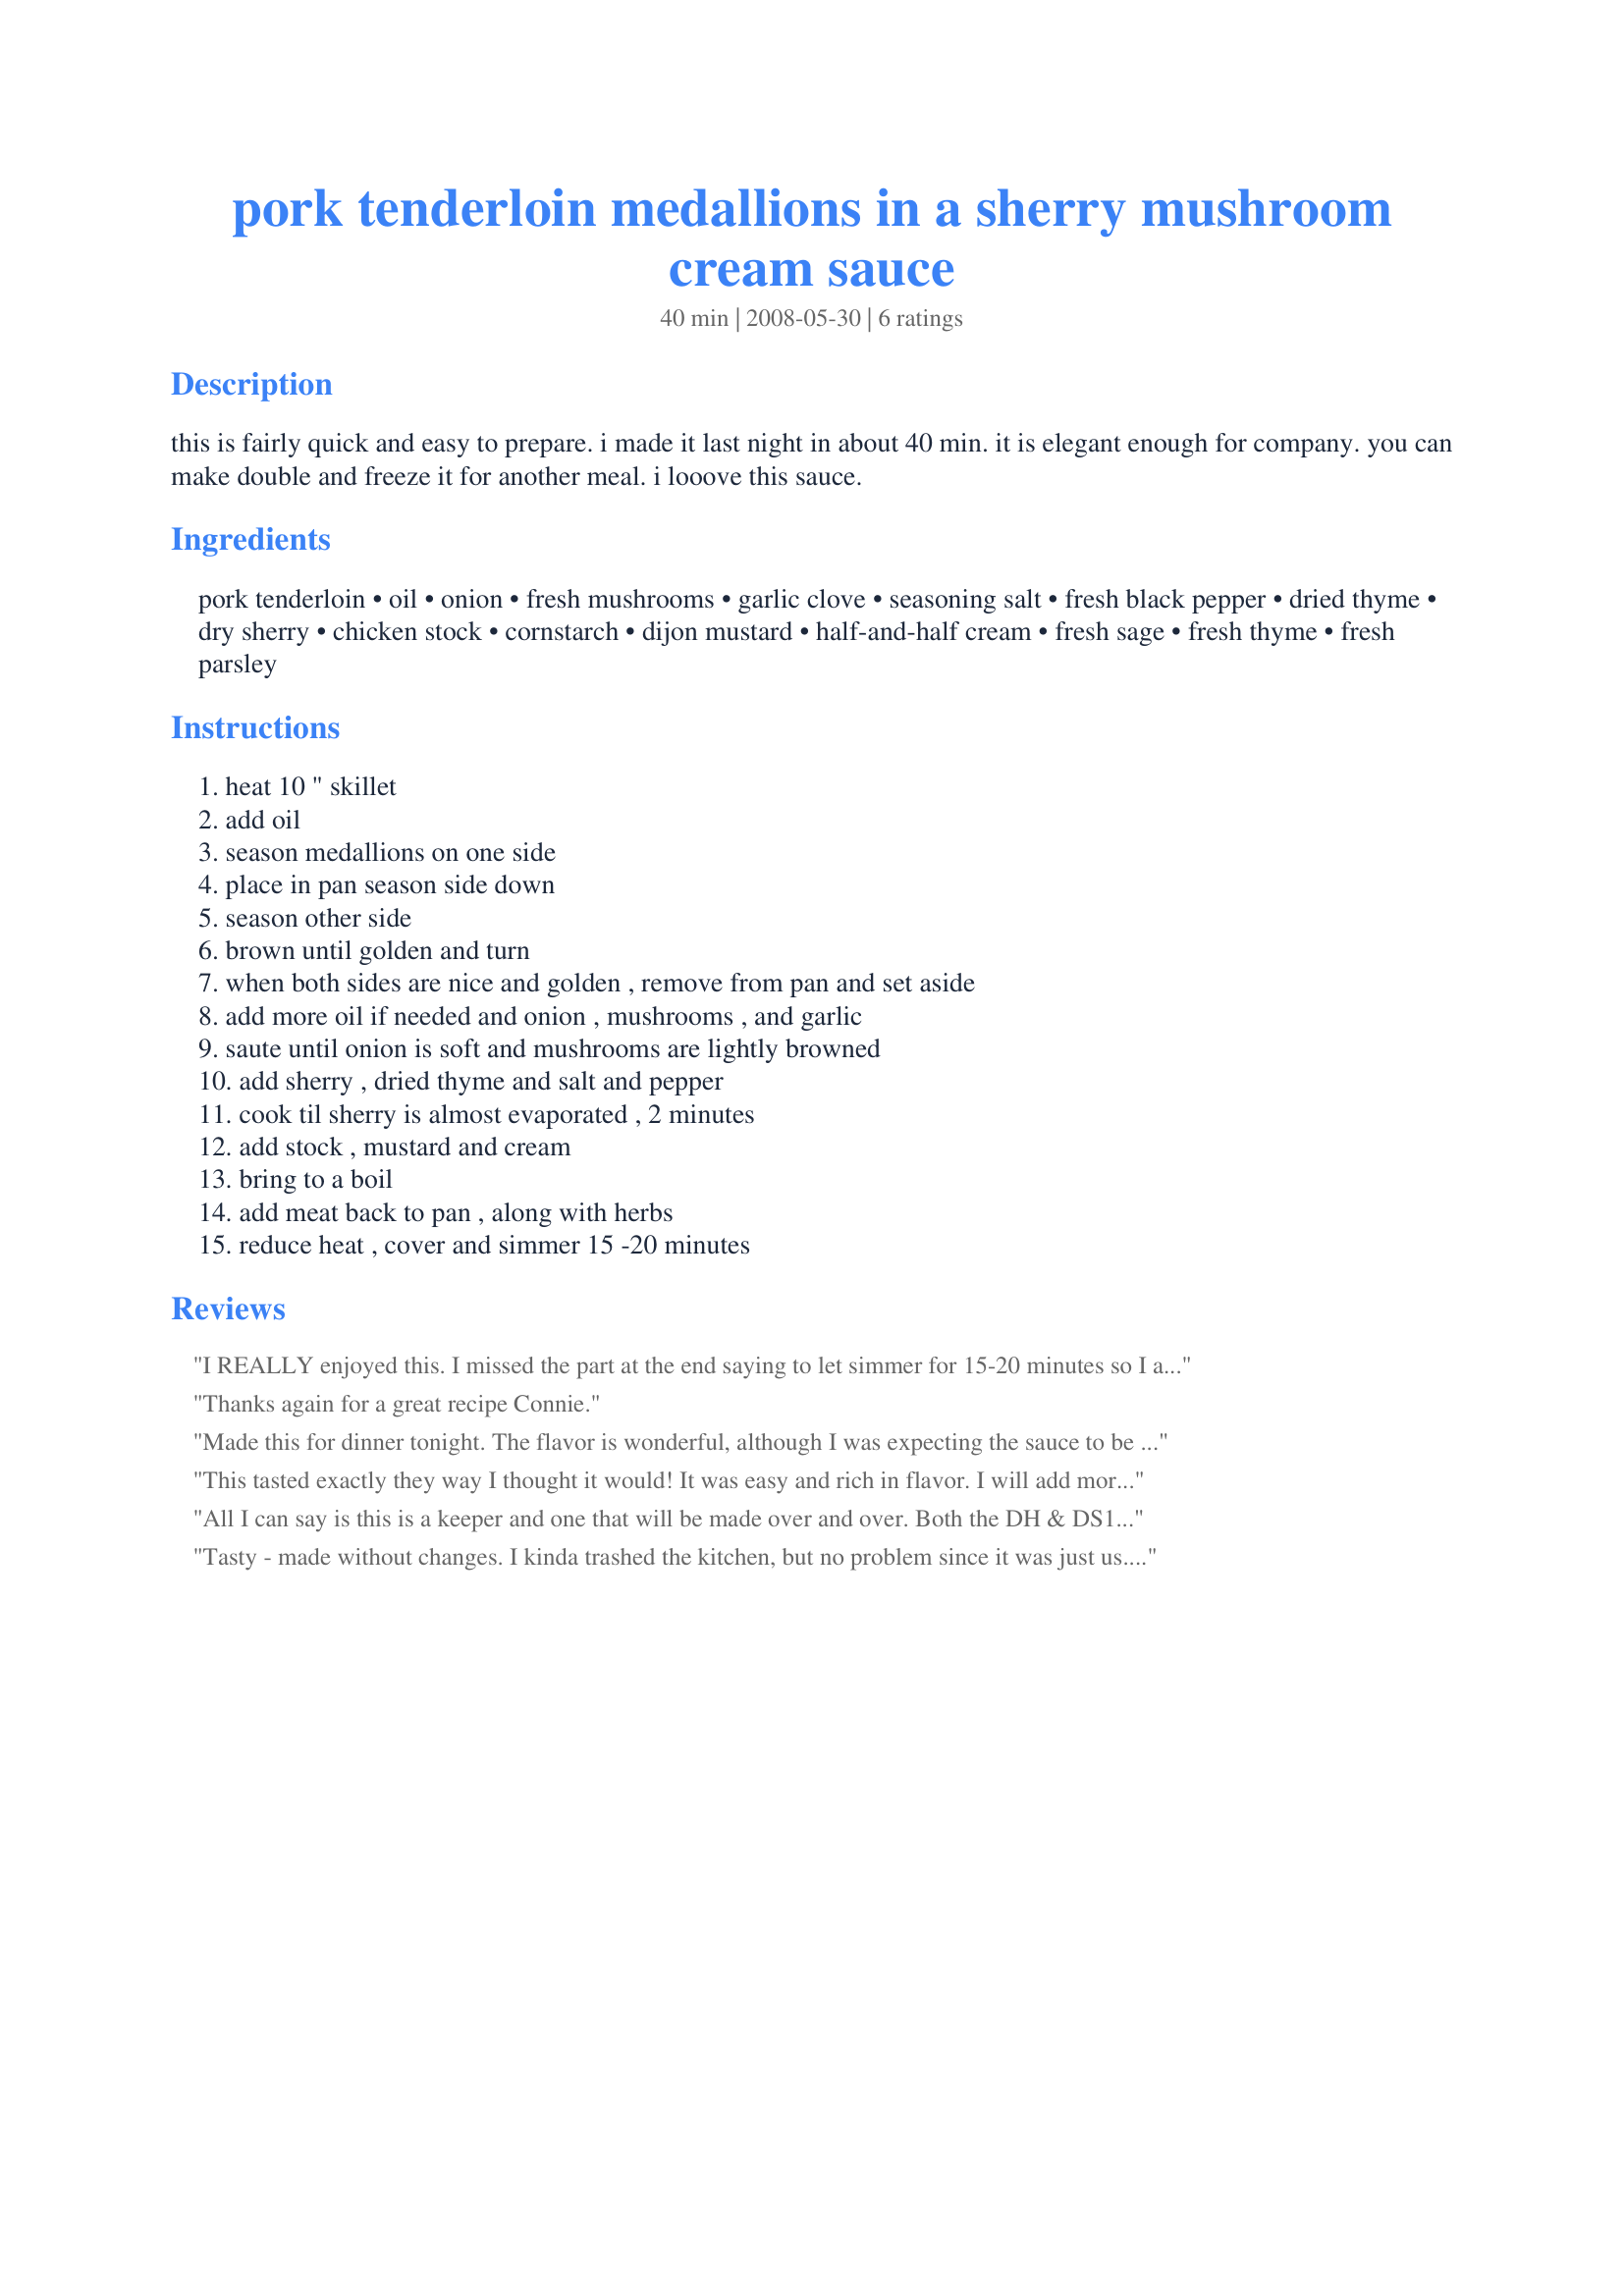
pork tenderloin medallions in a sherry mushroom cream sauce
Preparation time: 40 minutes

this is fairly quick and easy to prepare. i made it last night in about 40 min. it is elegant enough for company. you can make double and freeze it for another meal. i looove this sauce.

Ingredients:
pork tenderloin, oil, onion, fresh mushrooms, garlic clove, seasoning salt, fresh black pepper, dried thyme, dry sherry, chicken stock, cornstarch, dijon mustard, half-and-half cream, fresh sage, fresh thyme, fresh parsley

Steps:
heat 10 " skillet, add oil, season medallions on one side, place in pan season side down, season other side, brown until golden and turn, when both sides are nice and golden , remove from pan and set aside, add more oil if needed and onion , mushrooms , and garlic, saute until onion is soft and mushrooms are lightly browned, add sherry , dried thyme and salt and pepper, cook til sherry is almost evaporated , 2 minutes, add stock , mustard and cream, bring to a boil, add meat back to pan , along with herbs, reduce heat , cover and simmer 15 -20 minutes

Reviews:
I REALLY enjoyed this. I missed the part at the end saying to let simmer for 15-20 minutes so I added a bit more flour (didn't have cornstarch) and let it simmer without the lid so that it would be ready with the rest of dinner. I also added an extra tablespoon of sherry because I love the flavour. Thanks Connie, this will be on my table often!
Thanks again for a great recipe Connie.
Made this for dinner tonight. The flavor is wonderful, although I was expecting the sauce to be more like a gravy consistency. With the cover on, the sauce didn't thicken at all and was more like a broth. Next time I'll probably simmer uncovered or maybe add a little more corn starch (or both!). DH loved it - thin sauce and all - so I'll definitely be making this again!
This tasted exactly they way I thought it would! It was easy and rich in flavor. I will add more flour to thicken the sauce next time.
All I can say is this is a keeper and one that will be made over and over. Both the DH & DS1 raved about it. The flavors waltz around your mouth, the meat is fork tender! I did make a slight change in that I used fresh rosemary instead of the thyme and sage. My bush was screaming to be used and it was a lovely touch to the meat! Served with mashed potatoes, green beans, salad and dinner rolls. Both the guys had 2nds and there are no left overs. Thank you Connie for a wonderful recipe. Next time I will try to get a photo taken before we inhale!
Tasty - made without changes. I kinda trashed the kitchen, but no problem since it was just us. I did let it simmer longer, since the rest of the meal wasn't ready -- nice and moist Mustard gave it a nice kick. Will add this to pork favorites. Thanks, Connie.
